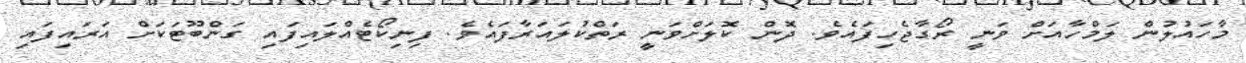
މާހައުލުން ލަމްހާއަށް ވަނީ ރޯގާޖެހިފައެވެ. ދޮން ކޮލަށްވަނީ ރަތްކުލައަރާފައެވެ. ފިނިކޯޓެއްލައިފައި ގަންބޫޓަކަށް އަރައިފައި